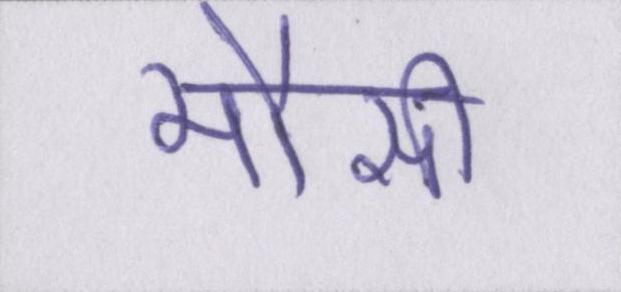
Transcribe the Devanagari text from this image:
मौसी